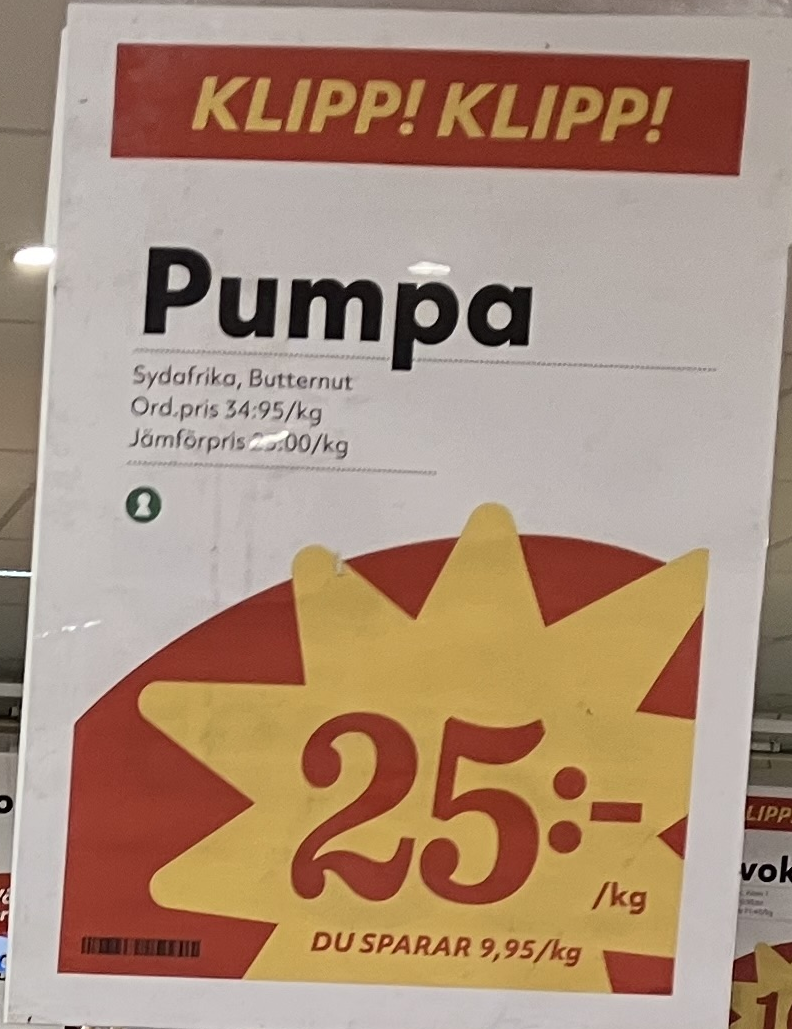
Vara: Pumpa
Genomsnittspris: 9.95 per kg